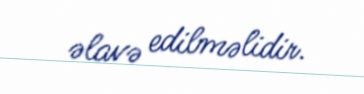
əlavə edilməlidir.